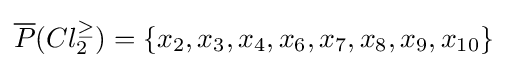
{\overline {P}}(Cl_{2}^{\geq })=\{x_{2},x_{3},x_{4},x_{6},x_{7},x_{8},x_{9},x_{10}\}